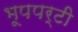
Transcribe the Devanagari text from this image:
भूपपर्टी